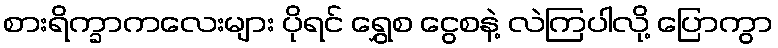
စားရိက္ခာကလေးများ ပိုရင် ရွှေစ ငွေစနဲ့ လဲကြပါလို့ ပြောကွာ